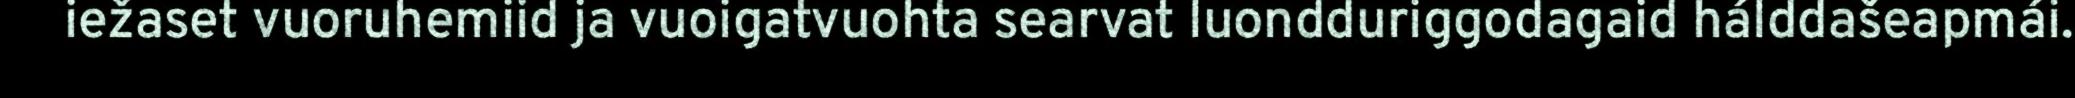
iežaset vuoruhemiid ja vuoigatvuohta searvat luondduriggodagaid hálddašeapmái.